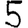
Digit: 5